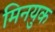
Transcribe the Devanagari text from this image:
मिनयुक